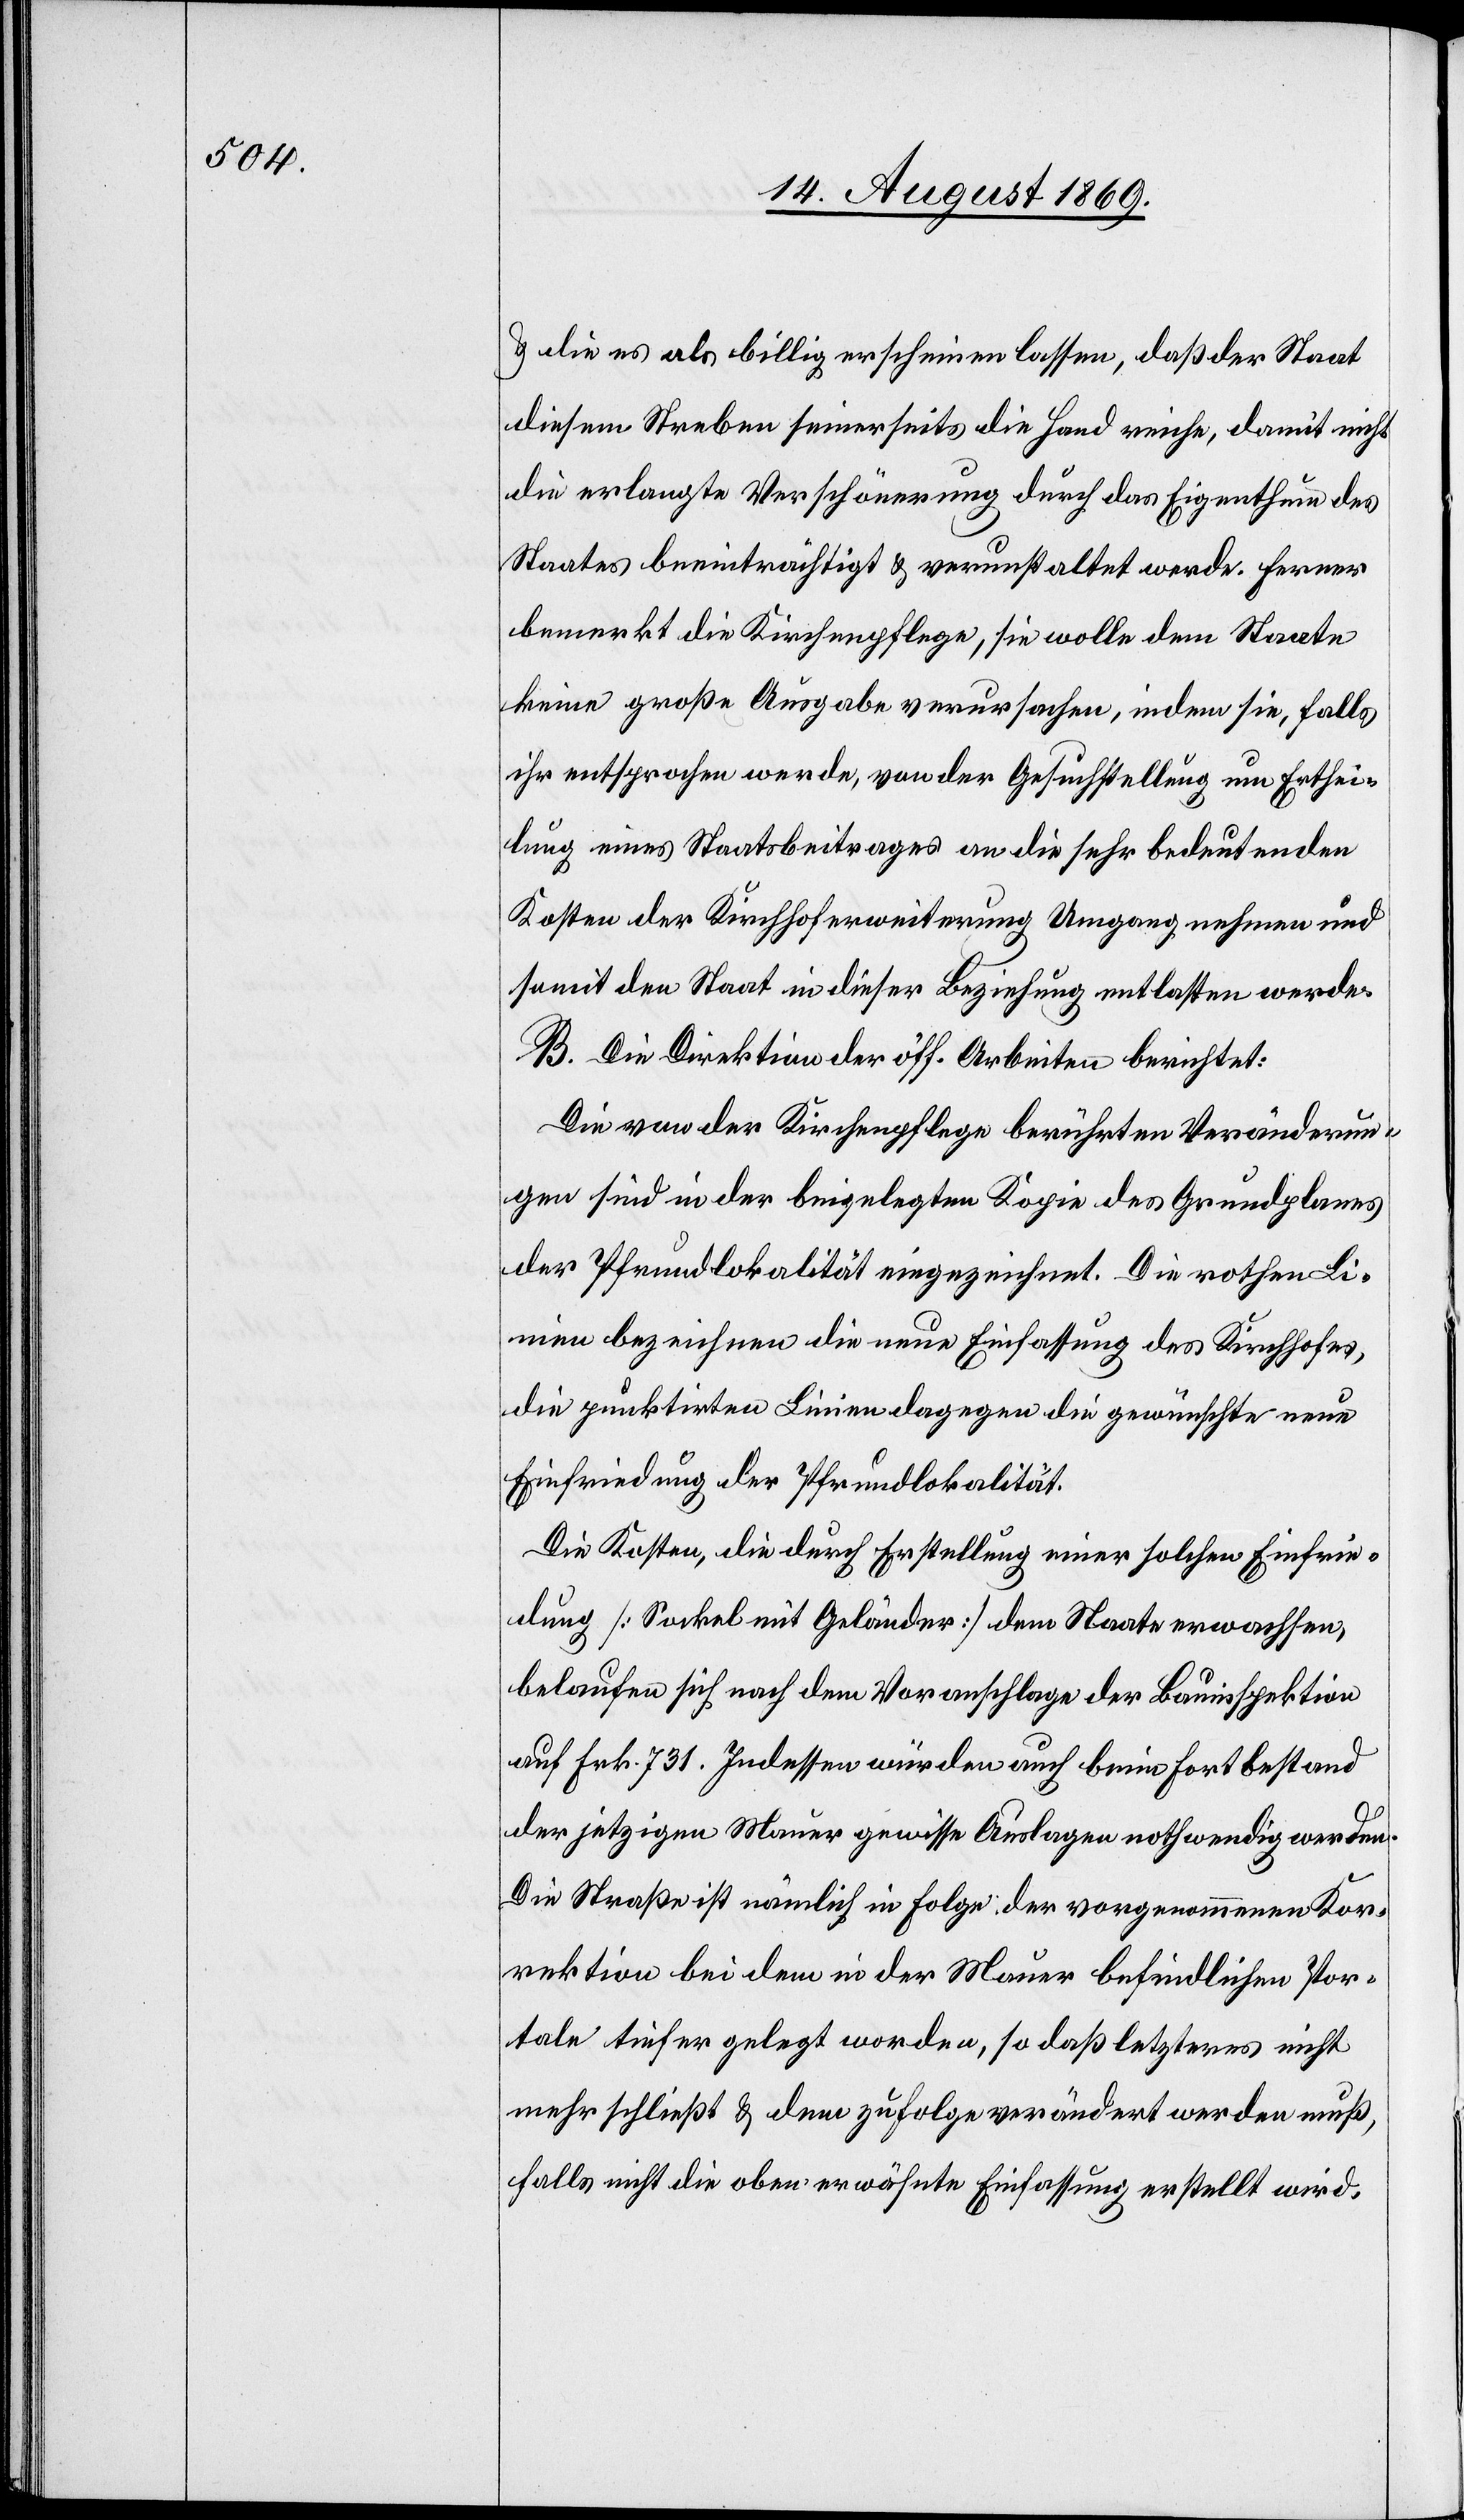
& die es als billig erscheinen lassen, daß der Staat
diesem Streben seinerseits die Hand reiche, damit nicht
die erlangte Verschönerung durch das Eigenthum des
Staates beeinträchtigt & verunstaltet werde. Ferner
bemerkt die Kirchenpflege, sie wolle dem Staate
keine große Ausgabe verursachen, indem sie, falls
ihr entsprochen werde, von der Gesuchstellung um Erthei¬
lung eines Staatsbeitrages an die sehr bedeutenden
Kosten der Kirchhoferweiterung Umgang nehmen und
somit den Staat in dieser Beziehung entlasten werde.
B. Die Direktion der öff. Arbeiten berichtet:
Die von der Kirchenpflege berührten Veränderun¬
gen sind in der beigelegten Kopie des Grundplanes
der Pfrundlokalität eingezeichnet. Die rothen Li¬
nien bezeichnen die neue Einfassung des Kirchhofes,
die punktirten Linien dagegen die gewünschte neue
Einfriedung der Pfrundlokalität.
Die Kosten, die durch Erstellung einer solchen Einfrie¬
dung [Sockel mit Geländer] dem Staate erwachsen,
belaufen sich nach dem Voranschlage der Bauinspektion
auf Frk. 731. Indessen würden auch beim Fortbestand
der jetzigen Mauer gewisse Auslagen nothwendig werden.
Die Straße ist nämlich in Folge der vorgenommenen Kor¬
rektion bei dem in der Mauer befindlichen Por¬
tale tiefer gelegt worden, so daß letzteres nicht
mehr schließt & dem zufolge verändert werden muß,
falls nicht die oben erwähnte Einfassung erstellt wird.